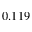
0 . 1 1 9